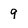
Character: 9